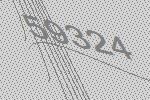
59324